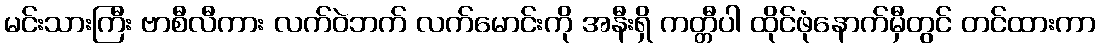
မင်းသားကြီး ဗာစီလီကား လက်ဝဲဘက် လက်မောင်းကို အနီးရှိ ကတ္တီပါ ထိုင်ဖုံနောက်မှီတွင် တင်ထားကာ